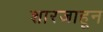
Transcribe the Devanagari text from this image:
शारजाहून